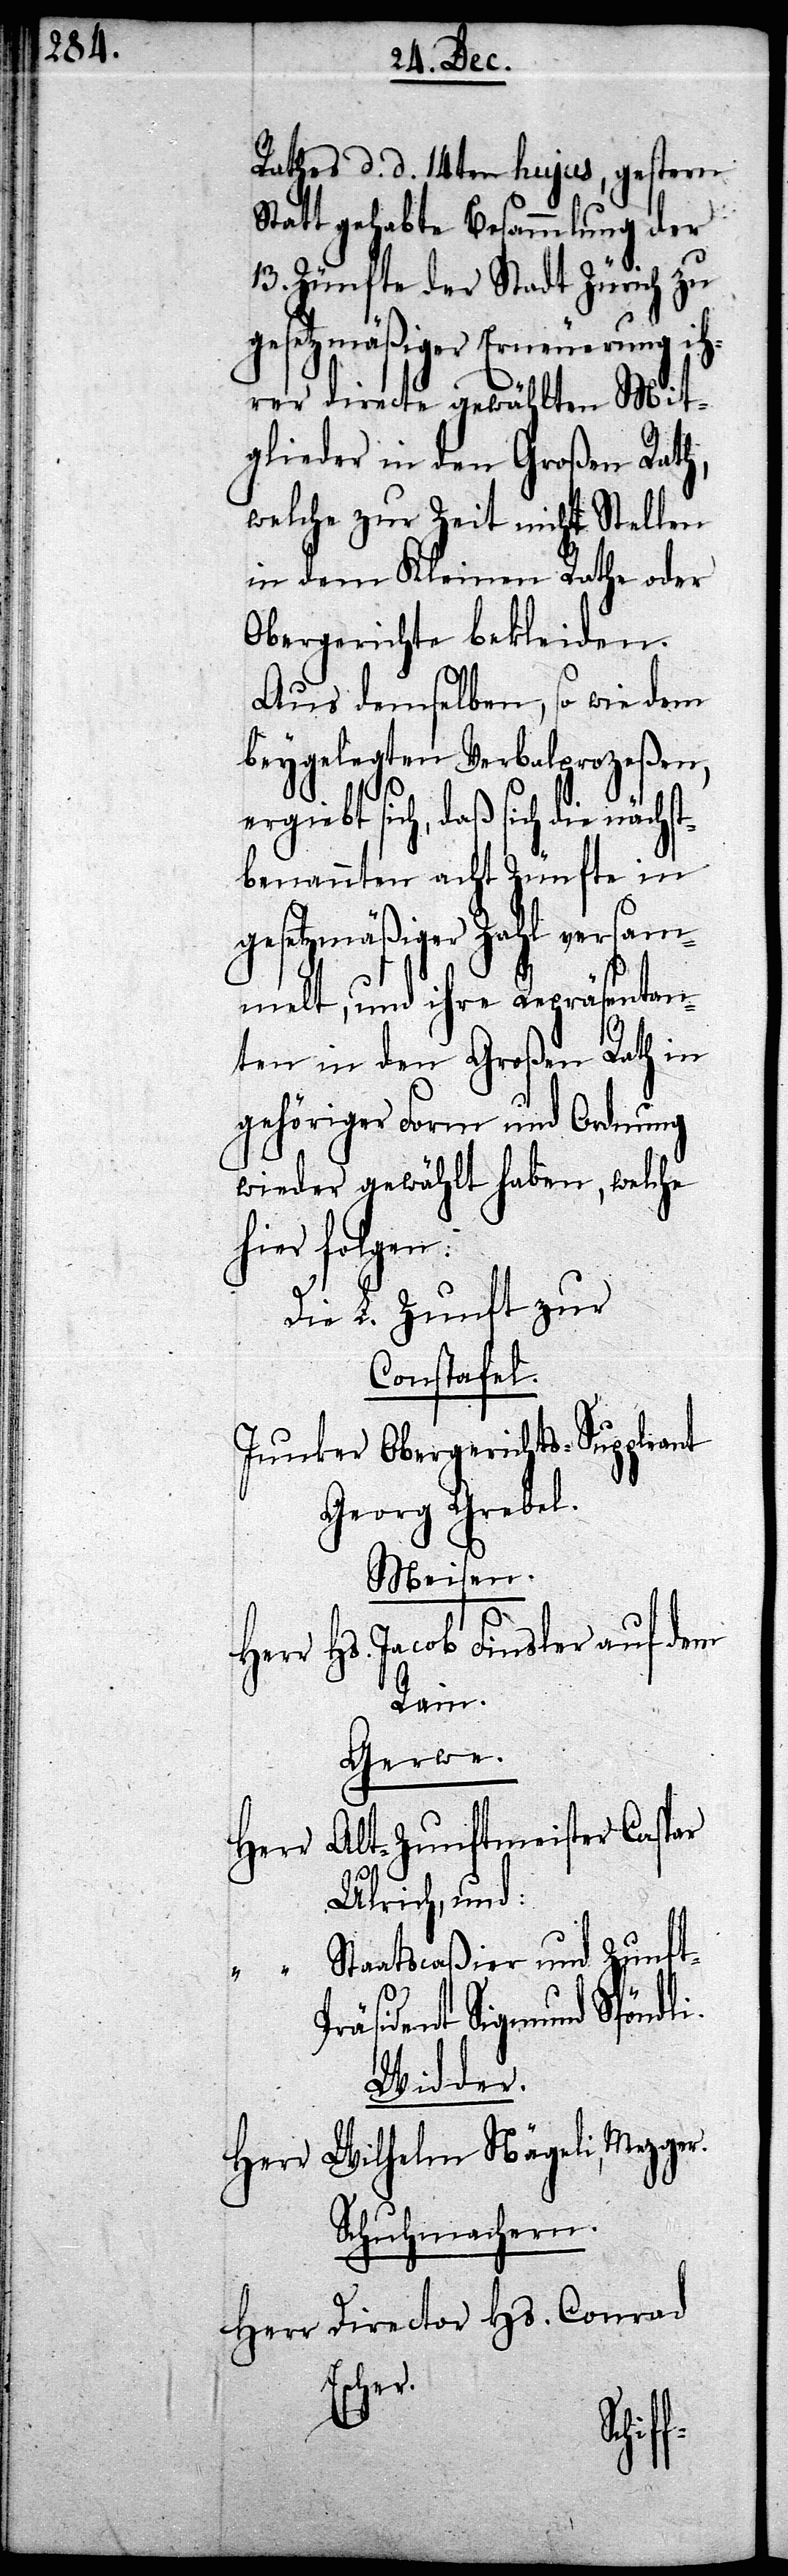
Rathes d. d. 14ten hujus, gestern
Statt gehabte Besammlung der
13. Zünfte der Stadt Zürich zu
gesetzmäßiger Erneuerung ih¬
rer directe gewählten Mit¬
glieder in den Großen Rath,
welche zur Zeit nicht Stellen
in dem Kleinen Rathe oder
Obergerichte bekleiden.
Aus demselben, so wie dem
beygelegten Verbalprozeßen,
ergiebt sich, daß sich die nächs¬
tbenannten acht Zünfte in
gesetzmäßiger Zahl versam¬
melt, und ihre Repräsentan¬
ten in den Großen Rath in
gehöriger Form und Ordnung
wieder gewählt haben, welche
hier folgen:
Die L. Zunft zur
Constafel.
Junker Obergerichts-Suppleant
Georg Grebel.
Meisen.
r Hs. Jacob Finsler auf dem
Rain.
Gerwe.
Herr Alt-Zunftmeister Caspar
Ulrich, und:
“ Staatscaßier und Zunf¬
Widder.
Herr Wilhelm Nägeli, Mezger.
Schuhmachern.
Herr Director Hs. Conrad
Escher.
sident